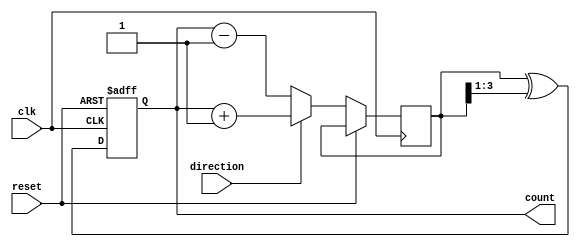
module bidirectional_gray_counter(
    input wire clk,
    input wire reset,
    input wire direction,
    output reg [3:0] count
);

reg [3:0] next_count;

always @ (posedge clk or posedge reset) begin
    if (reset) begin
        count <= 4'b0000;
    end else begin
        if (direction) begin
            next_count <= count + 1;
        end else begin
            next_count <= count - 1;
        end
        
        count <= next_count ^ (next_count >> 1);
    end
end

endmodule